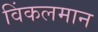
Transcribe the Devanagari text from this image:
विंकलमान